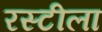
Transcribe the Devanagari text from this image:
रस्टीला